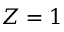
Z = 1